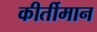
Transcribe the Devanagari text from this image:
कीर्तीमान